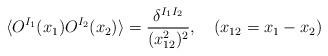
LaTeX: \begin{align*}\langle O^{I_1}(x_1) O^{I_2}(x_2) \rangle = \frac{\delta^{I_1 I_2}}{(x_{12}^2)^2}, \quad (x_{12} = x_1-x_2)\end{align*}